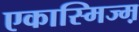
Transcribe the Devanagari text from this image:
एकास्मिज्म़